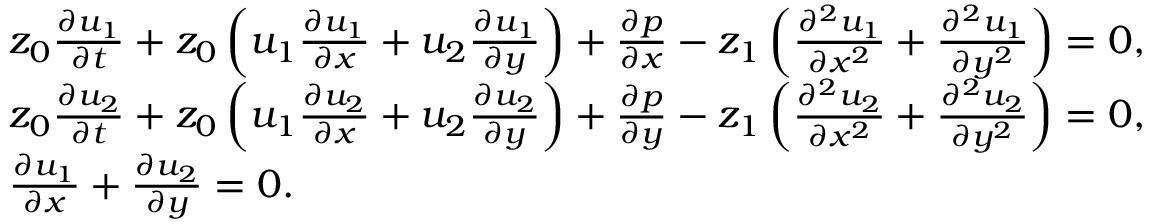
\begin{array} { r l } & { z _ { 0 } \frac { \partial u _ { 1 } } { \partial t } + z _ { 0 } \left( u _ { 1 } \frac { \partial u _ { 1 } } { \partial x } + u _ { 2 } \frac { \partial u _ { 1 } } { \partial y } \right) + \frac { \partial p } { \partial x } - z _ { 1 } \left( \frac { \partial ^ { 2 } u _ { 1 } } { \partial x ^ { 2 } } + \frac { \partial ^ { 2 } u _ { 1 } } { \partial y ^ { 2 } } \right) = 0 , } \\ & { z _ { 0 } \frac { \partial u _ { 2 } } { \partial t } + z _ { 0 } \left( u _ { 1 } \frac { \partial u _ { 2 } } { \partial x } + u _ { 2 } \frac { \partial u _ { 2 } } { \partial y } \right) + \frac { \partial p } { \partial y } - z _ { 1 } \left( \frac { \partial ^ { 2 } u _ { 2 } } { \partial x ^ { 2 } } + \frac { \partial ^ { 2 } u _ { 2 } } { \partial y ^ { 2 } } \right) = 0 , } \\ & { \frac { \partial u _ { 1 } } { \partial x } + \frac { \partial u _ { 2 } } { \partial y } = 0 . } \end{array}